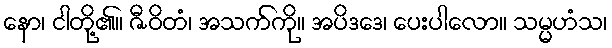
နော၊ ငါတို့၏။ ဇီဝိတံ၊ အသက်ကို။ အပိဒဒေ၊ ပေးပါလော။ သမ္မဟံသ၊